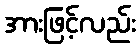
အားဖြင့်လည်း